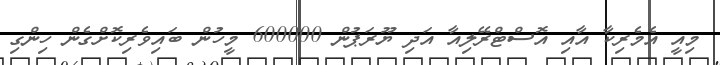
މިއީ އެމެރިކާ އާއި އޮސްޓްރޭލިއާ އަދި ޔޫރަޕުން 600000 މީހުން ބައިވެރިކޮށްގެން ހިންގި